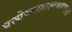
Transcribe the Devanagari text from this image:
प्रत्येकालाआवडणारा